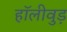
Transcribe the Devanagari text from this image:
हॉलीवुड़